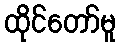
ထိုင်တော်မူ